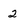
Character: 2